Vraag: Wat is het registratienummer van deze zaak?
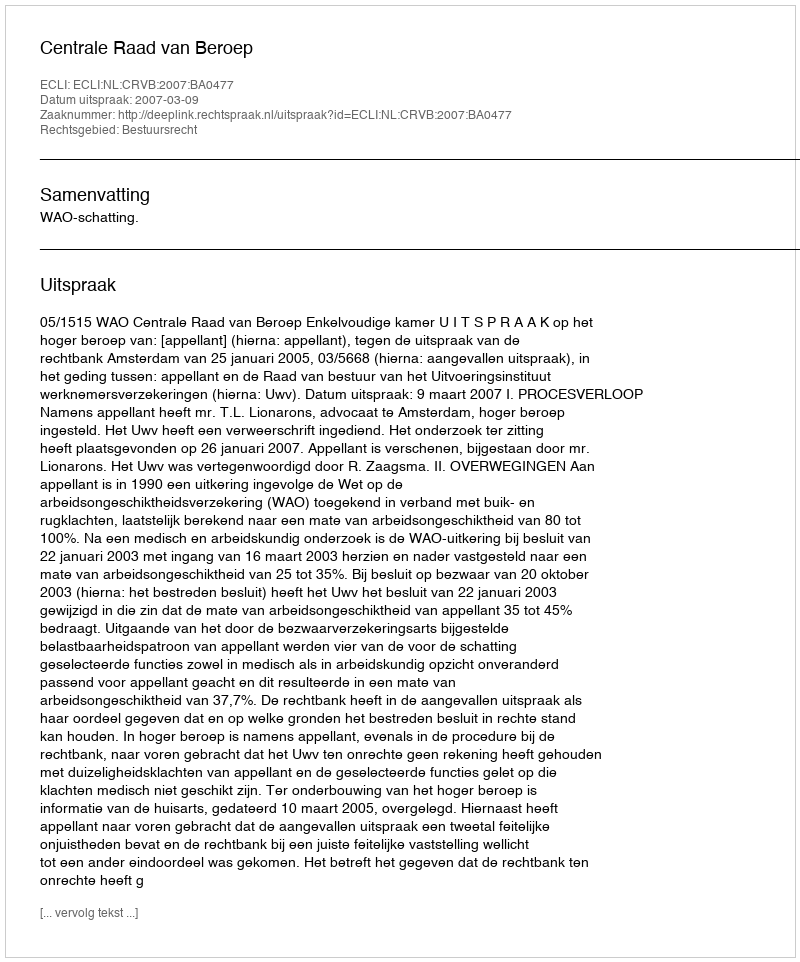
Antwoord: http://deeplink.rechtspraak.nl/uitspraak?id=ECLI:NL:CRVB:2007:BA0477